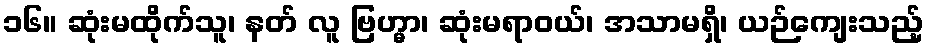
၁၆။ ဆုံးမထိုက်သူ၊ နတ် လူ ဗြဟ္မာ၊ ဆုံးမရာဝယ်၊ အသာမရှိ၊ ယဉ်ကျေးသည့်